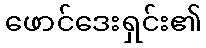
ဖောင်ဒေးရှင်း၏